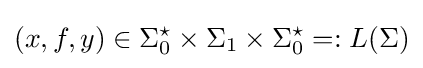
(x,f,y)\in \Sigma _{0}^{\star }\times \Sigma _{1}\times \Sigma _{0}^{\star }=:L(\Sigma )